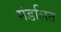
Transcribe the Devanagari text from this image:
मंडलित